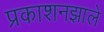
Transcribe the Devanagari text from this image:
प्रकाशनझाले